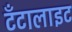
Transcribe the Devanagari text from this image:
टँटालाइट